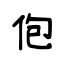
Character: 佨